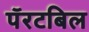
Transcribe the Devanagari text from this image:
पॅरटबिल